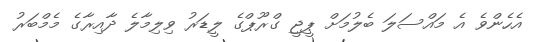
އެހެންވެ އެ މައްސަލަ ބެލުމަށް ޕީޖީ ގްރޫޕްގެ ލީޑަރު ވިލިމާލެ ދާއިރާގެ މެމްބަރު